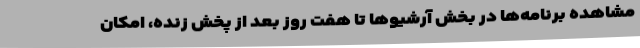
مشاهده برنامه‌ها در بخش آرشیوها تا هفت روز بعد از پخش زنده، امکان